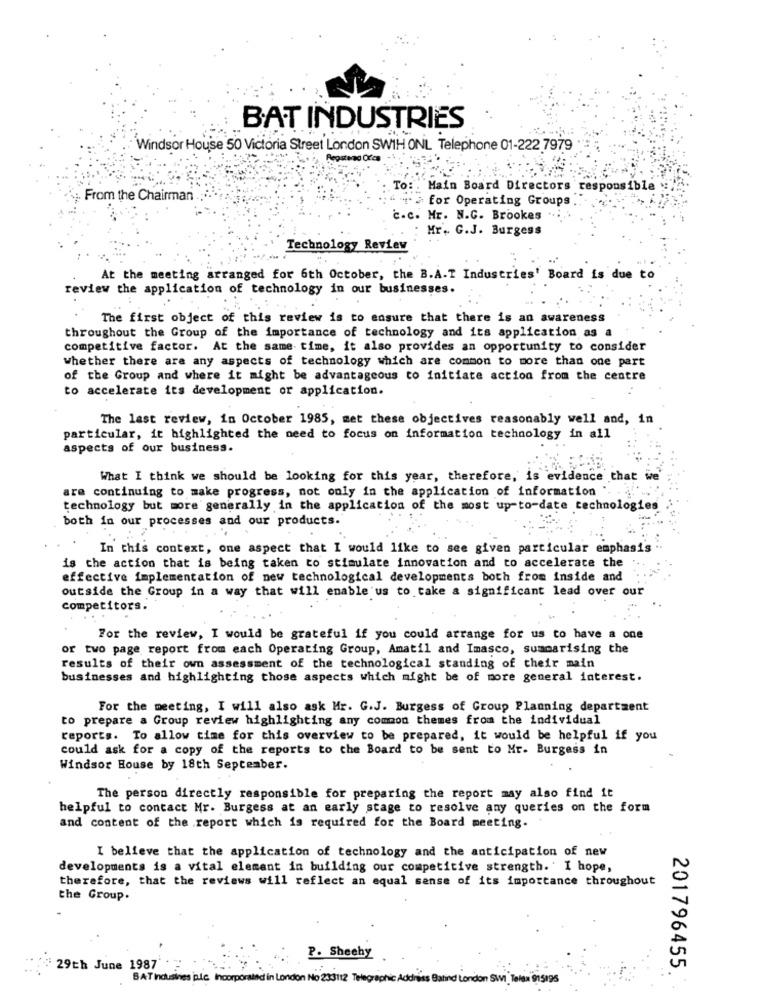
BAT INDUSTRIES
Windsor House 50 Victoria Street London SWTH ONL Telephone 01-222 7979
To: Main Board Directors responsible
From the Chairman
for Operating Groups
.c. Mr. N.C. Brookes
Mr. G.J. Burgess
Technology Review
At the meeting arranged for 6th October, the B.A.T Industries' Board is due to
review the application of technology in our businesses.
The first object of this review is to ensure that there is an awareness
throughout the Group of the importance of technology and its application as a
competitive factor. At the same time, it also provides an opportunity to consider
whether there are any aspects of technology which are common to more than one part
of the Group and where it might be advantageous to initiate action from the centre
to accelerate its development or application.
The last review, in October 1985, met these objectives reasonably well and, in
particular, it highlighted the need to focus on information technology in all
aspects of our business.
What I think we should be looking for this year, therefore, is evidence that we
are continuing to make progress, not only in the application of information
technology but more generally in the application of the most up-to-date technologies
both in our processes and our products.
In this context, one aspect that I would like to see given particular emphasis ".
is the action that is being taken to stimulate innovation and to accelerate the
effective implementation of new technological developments both from inside and
outside the Group in a way that will enable 'us to take a significant lead over our
Competitors.
For the review, I would be grateful if you could arrange for us to have a one
or two page report from each Operating Group, Amatil and Imasco, sumcarising the
results of their own assessment of the technological standing of their main
businesses and highlighting those aspects which might be of more general interest.
For the meeting, I will also ask Mr. G.J. Burgess of Group Planning department
to prepare a Group review highlighting any common themes from the individual
reports. To allow time for this overview to be prepared, it would be helpful if you
could ask for a copy of the reports to the Board to be sent to Mr. Burgess in
Windsor House by 18th September.
The person directly responsible for preparing the report may also find it
helpful to contact Mr. Burgess at an early stage to resolve any queries on the form
and content of the report which is required for the Board meeting.
I believe that the application of technology and the anticipation of new
developments is a vital element in building our competitive strength. ' I hope,
therefore, that the reviews will reflect an equal sense of its importance throughout
the Group.
P. Sheehy
29th June 1987
201796455
BAT Incuisines pule Incorporated in London No 23312 Telegraphic Address Balind London SWI Telex 915198